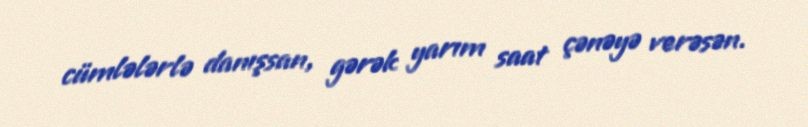
cümlələrlə danışsan, gərək yarım saat çənəyə verəsən.